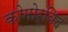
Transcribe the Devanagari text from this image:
कोमोर्बिद